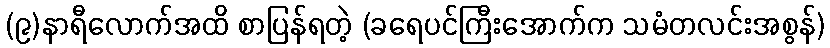
(၉)နာရီလောက်အထိ စာပြန်ရတဲ့ (ခရေပင်ကြီးအောက်က သမံတလင်းအစွန်)